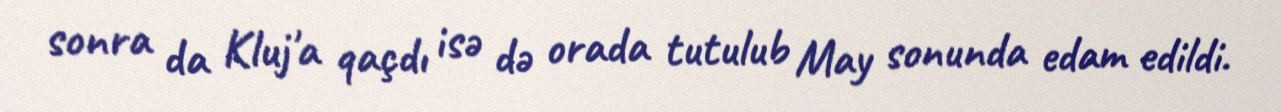
sonra da Kluj'a qaçdı isə də orada tutulub May sonunda edam edildi.